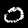
Label: 0